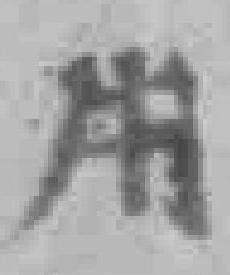
用